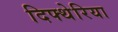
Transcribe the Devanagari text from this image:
दिफ्थेरिया